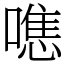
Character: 㗹